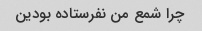
چرا شمع من نفرستاده بودین